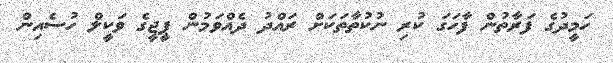
ހަމީދުގެ ފަރާތުން ފާހަގަ ކުރި ނުކުތާތަކަށް ރައްދު ދެއްވަމުން ޕީޖީގެ ވަކީލް ހުސެއިން